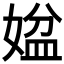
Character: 𡟆